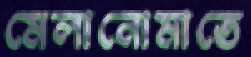
মেলানোমাতে